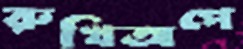
রুখিঅপে